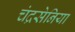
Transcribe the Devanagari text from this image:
चंद्रसेनिया